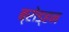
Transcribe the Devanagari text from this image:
ब्रोड्हन